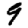
Digit: 9